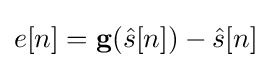
e[n]=\mathbf {g} ({\hat {s}}[n])-{\hat {s}}[n]